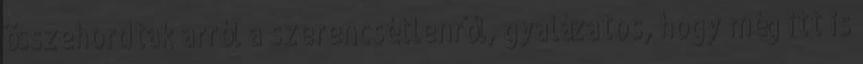
összehordtak arról a szerencsétlenről, gyalázatos, hogy még itt is